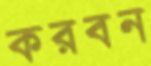
করবন